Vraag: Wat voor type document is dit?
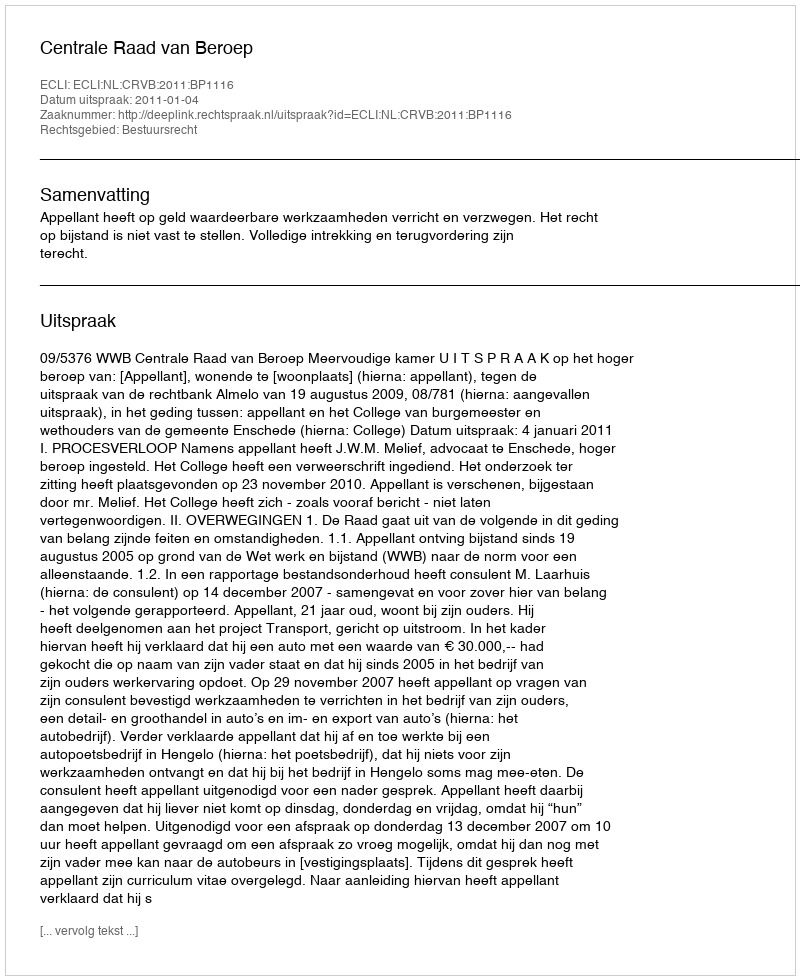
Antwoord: Uitspraak